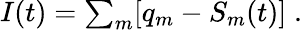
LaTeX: \begin{array}{r}{I(t)=\sum_{m}[q_{m}-S_{m}(t)]\; .}\end{array}